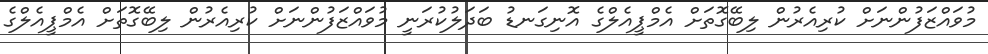
މުވައްޒަފުންނަށް ކުރިއެރުން ލިބޭގޮތަށް އެމްޕީއެލްގެ އޮނިގަނޑު ބަދަލުކުރަނީ މުވައްޒަފުންނަށް ކުރިއެރުން ލިބޭގޮތަށް އެމްޕީއެލްގެ